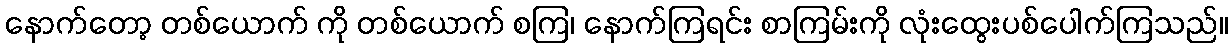
နောက်တော့ တစ်ယောက် ကို တစ်ယောက် စကြ၊ နောက်ကြရင်း စာကြမ်းကို လုံးထွေးပစ်ပေါက်ကြသည်။